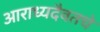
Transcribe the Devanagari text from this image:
आराध्यदैवतचे